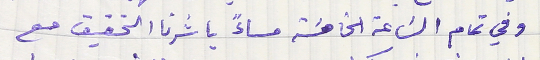
وفي تمام السَاعة الخامسَة مساءً باشرنا التحقيق مع